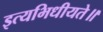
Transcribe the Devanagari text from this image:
इत्यभिधीयते॥